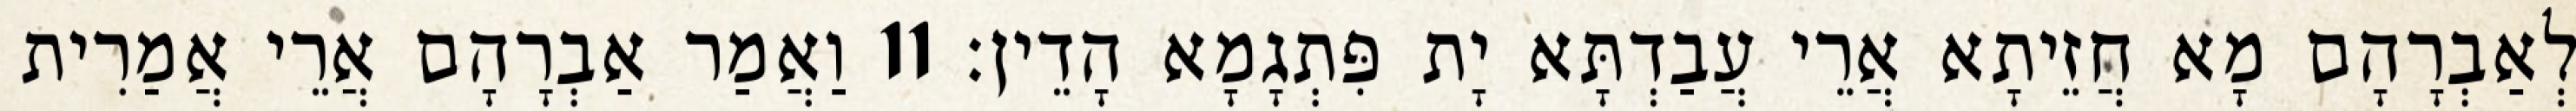
לְאַבְרָהָם מָא חֲזֵיתָא אֲרֵי עֲבַדְתָּא יָת פִּתְגָמָא הָדֵין׃ 11 וַאֲמַר אַבְרָהָם אֲרֵי אֲמַרִית